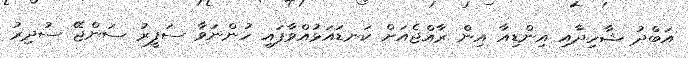
އަބްދު ޝާހިދާއި އިންޑިއާ އިން ރާއްޖެއަށް ކަނޑައަޅުއްވާފައި ހުންނަވާ ސަފީރު ސަންޖޭ ސުދިރު